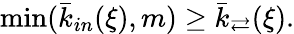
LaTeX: \operatorname*{min}(\bar{k}_{in}(\xi),m)\geq\bar{k}_{\rightleftarrows}(\xi).